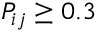
P _ { i j } \ge 0 . 3